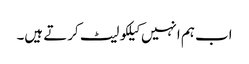
اب ہم انہیں کیلکولیٹ کرتے ہیں۔